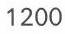
1200